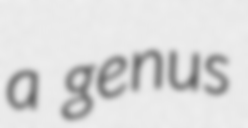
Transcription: a genus